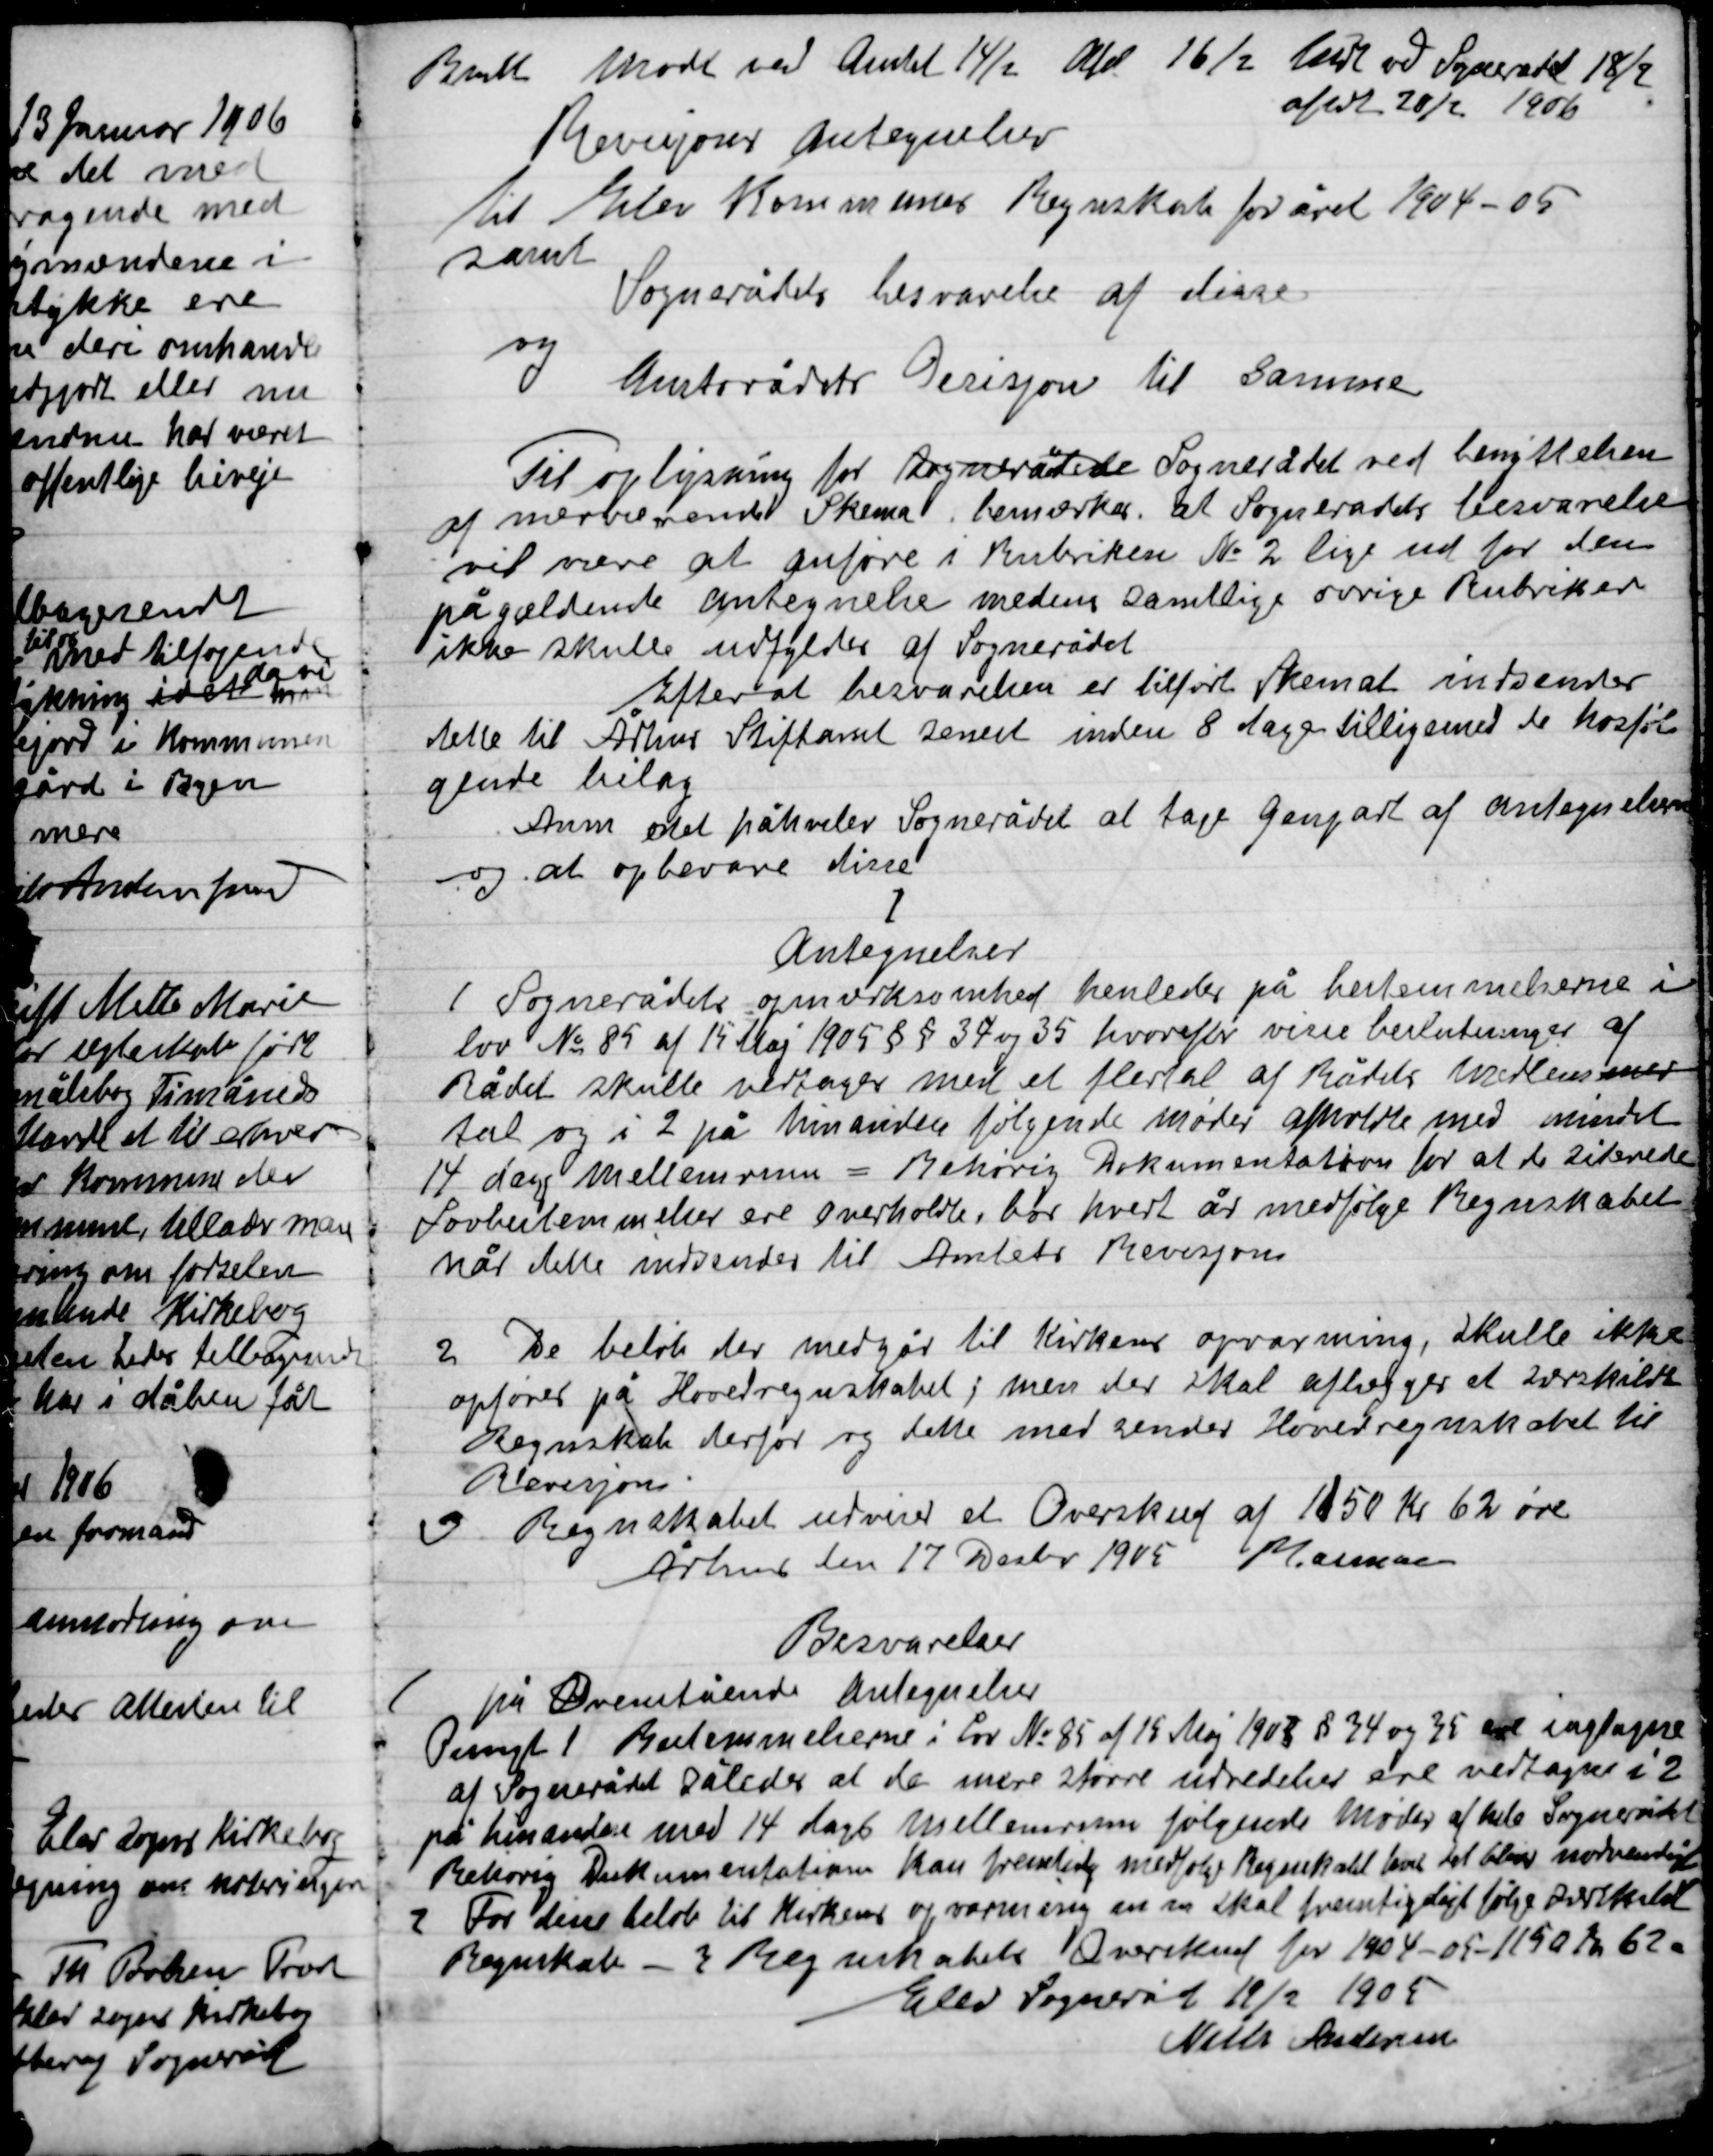
Transskription:
Bemlt. møde ved Amtet 14/2 Afd. 16/2  ved Sognerådet 18/2
Aflet 20/2 1906
Revisioner antegnelser
Til Elev Kommune regnskabs foråret 1904-05
samt
Sognerådets besvarelse af disse
ny
Amtsrådets Signation til samme

Til oplysning for sognerådene Sognerådet ved benyttelse
af mere nemt Skema Bemærker at Sognerådets besvarelse
til mere at anføre i Rubriken No. 2 lige ned for den
pågældende antegnelse medens samtlige øvrige Rubriker
ikke skulle udfyldes af Sognerådet
Efter at besvarelsen er tilført skemaet indsendes
Dette til Århus Stiftsamt senest inden 8 dage tilligemed de hosføl-
gende bilag
Anm. er det påhviler Sognerådet at tage genpart af antegnelsen
og at opbevare disse

I
Antegnelser

1

Sognerådet opmærksomhed henledes på bestemmelserne i
Lov No. 85 af 15 Maj 1905 §§ 37 og 35 hvorefter visse beslutninger af
Rådet skulle vedtages med et flertal af Rådets medlemmer
tal og i 2 på hinanden følgende møder afholde med mindst
14 dage mellemrum = Behørig dokumentation for at de siddende
Lovbestemmelser er overholdte, bør hvert år medfølge Regentskabet
når dette indsendes til Amtets Revision.

2

De beløb der medgår til Kirkens opvarmning, skulle ikke
opføres på Hovedregnskabet; men der skal aflægges et såkaldt
Regnskab derfor og dette med sendte Hovedregnskabet til
Revision.

3

Regentskabet udviser et Overskud af 1150 Kr. 62 øre
Århus den 17 Desbr. 1905 Mauskær

Besvarelser

1

på Ovenstående antegnelser
Benyt 1 Bestemmelsens i Lov No. 85 af 15 Maj 1905 § 34 og 35 er iagttagne
af Sognerådet således at de mere større udredelser ere vedtaget i 2
på hinanden med 14 dages mellemrum følgende møder af hele Sognerådet
Behørig Dokumentationen kan fremtidig medfølge Regnskabet leve til blever nødvendigt

2

For denne beløb til Kirkens opvarmning m.m. skal fremtidigt følge overhold
Regnskab. Regnskabets Overskud for 1904-05 1150 Kr. 62 Ø
Elev sogneråd 19/2 1905
Niels Andersen